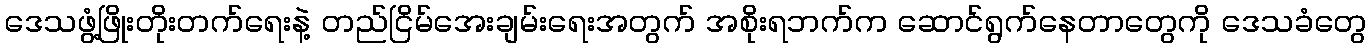
ဒေသဖွံ့ဖြိုးတိုးတက်ရေးနဲ့ တည်ငြိမ်အေးချမ်းရေးအတွက် အစိုးရဘက်က ဆောင်ရွက်နေတာတွေကို ဒေသခံတွေ